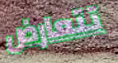
تتعارض